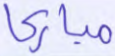
مباركا